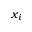
x _ { i }